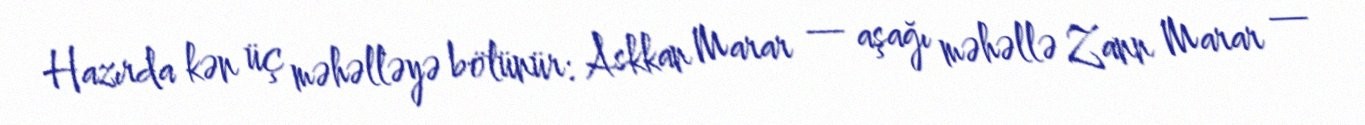
Hazırda kən üç məhəlləyə bölünür: Askkan Marar — aşağı məhəllə Zann Marar —